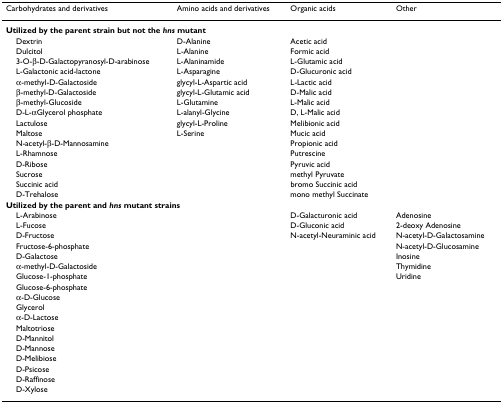
<table><thead><tr><td><b>Carbohydrates and derivatives</b></td><td><b>Amino acids and derivatives</b></td><td><b>Organic acids</b></td><td><b>Other</b></td></tr></thead><tbody><tr><td colspan="4"><b>Utilized by the parent strain but not the <i>hns </i>mutant</b></td></tr><tr><td> Dextrin</td><td>D-Alanine</td><td>Acetic acid</td><td></td></tr><tr><td> Dulcitol</td><td>L-Alanine</td><td>Formic acid</td><td></td></tr><tr><td> 3-O-β-D-Galactopyranosyl-D-arabinose</td><td>L-Alaninamide</td><td>L-Glutamic acid</td><td></td></tr><tr><td> L-Galactonic acid-lactone</td><td>L-Asparagine</td><td>D-Glucuronic acid</td><td></td></tr><tr><td> α-methyl-D-Galactoside</td><td>glycyl-L-Aspartic acid</td><td>L-Lactic acid</td><td></td></tr><tr><td> β-methyl-D-Galactoside</td><td>glycyl-L-Glutamic acid</td><td>D-Malic acid</td><td></td></tr><tr><td> β-methyl-Glucoside</td><td>L-Glutamine</td><td>L-Malic acid</td><td></td></tr><tr><td> D-L-αGlycerol phosphate</td><td>L-alanyl-Glycine</td><td>D, L-Malic acid</td><td></td></tr><tr><td> Lactulose</td><td>glycyl-L-Proline</td><td>Melibionic acid</td><td></td></tr><tr><td> Maltose</td><td>L-Serine</td><td>Mucic acid</td><td></td></tr><tr><td> N-acetyl-β-D-Mannosamine</td><td></td><td>Propionic acid</td><td></td></tr><tr><td> L-Rhamnose</td><td></td><td>Putrescine</td><td></td></tr><tr><td> D-Ribose</td><td></td><td>Pyruvic acid</td><td></td></tr><tr><td> Sucrose</td><td></td><td>methyl Pyruvate</td><td></td></tr><tr><td> Succinic acid</td><td></td><td>bromo Succinic acid</td><td></td></tr><tr><td> D-Trehalose</td><td></td><td>mono methyl Succinate</td><td></td></tr><tr><td colspan="4"><b>Utilized by the parent and <i>hns </i>mutant strains</b></td></tr><tr><td> L-Arabinose</td><td></td><td>D-Galacturonic acid</td><td>Adenosine</td></tr><tr><td> L-Fucose</td><td></td><td>D-Gluconic acid</td><td>2-deoxy Adenosine</td></tr><tr><td> D-Fructose</td><td></td><td>N-acetyl-Neuraminic acid</td><td>N-acetyl-D-Galactosamine</td></tr><tr><td> Fructose-6-phosphate</td><td></td><td></td><td>N-acetyl-D-Glucosamine</td></tr><tr><td> D-Galactose</td><td></td><td></td><td>Inosine</td></tr><tr><td> α-methyl-D-Galactoside</td><td></td><td></td><td>Thymidine</td></tr><tr><td> Glucose-1-phosphate</td><td></td><td></td><td>Uridine</td></tr><tr><td> Glucose-6-phosphate</td><td></td><td></td><td></td></tr><tr><td> α-D-Glucose</td><td></td><td></td><td></td></tr><tr><td> Glycerol</td><td></td><td></td><td></td></tr><tr><td> α-D-Lactose</td><td></td><td></td><td></td></tr><tr><td> Maltotriose</td><td></td><td></td><td></td></tr><tr><td> D-Mannitol</td><td></td><td></td><td></td></tr><tr><td> D-Mannose</td><td></td><td></td><td></td></tr><tr><td> D-Melibiose</td><td></td><td></td><td></td></tr><tr><td> D-Psicose</td><td></td><td></td><td></td></tr><tr><td> D-Raffinose</td><td></td><td></td><td></td></tr><tr><td> D-Xylose</td><td></td><td></td><td></td></tr></tbody></table>